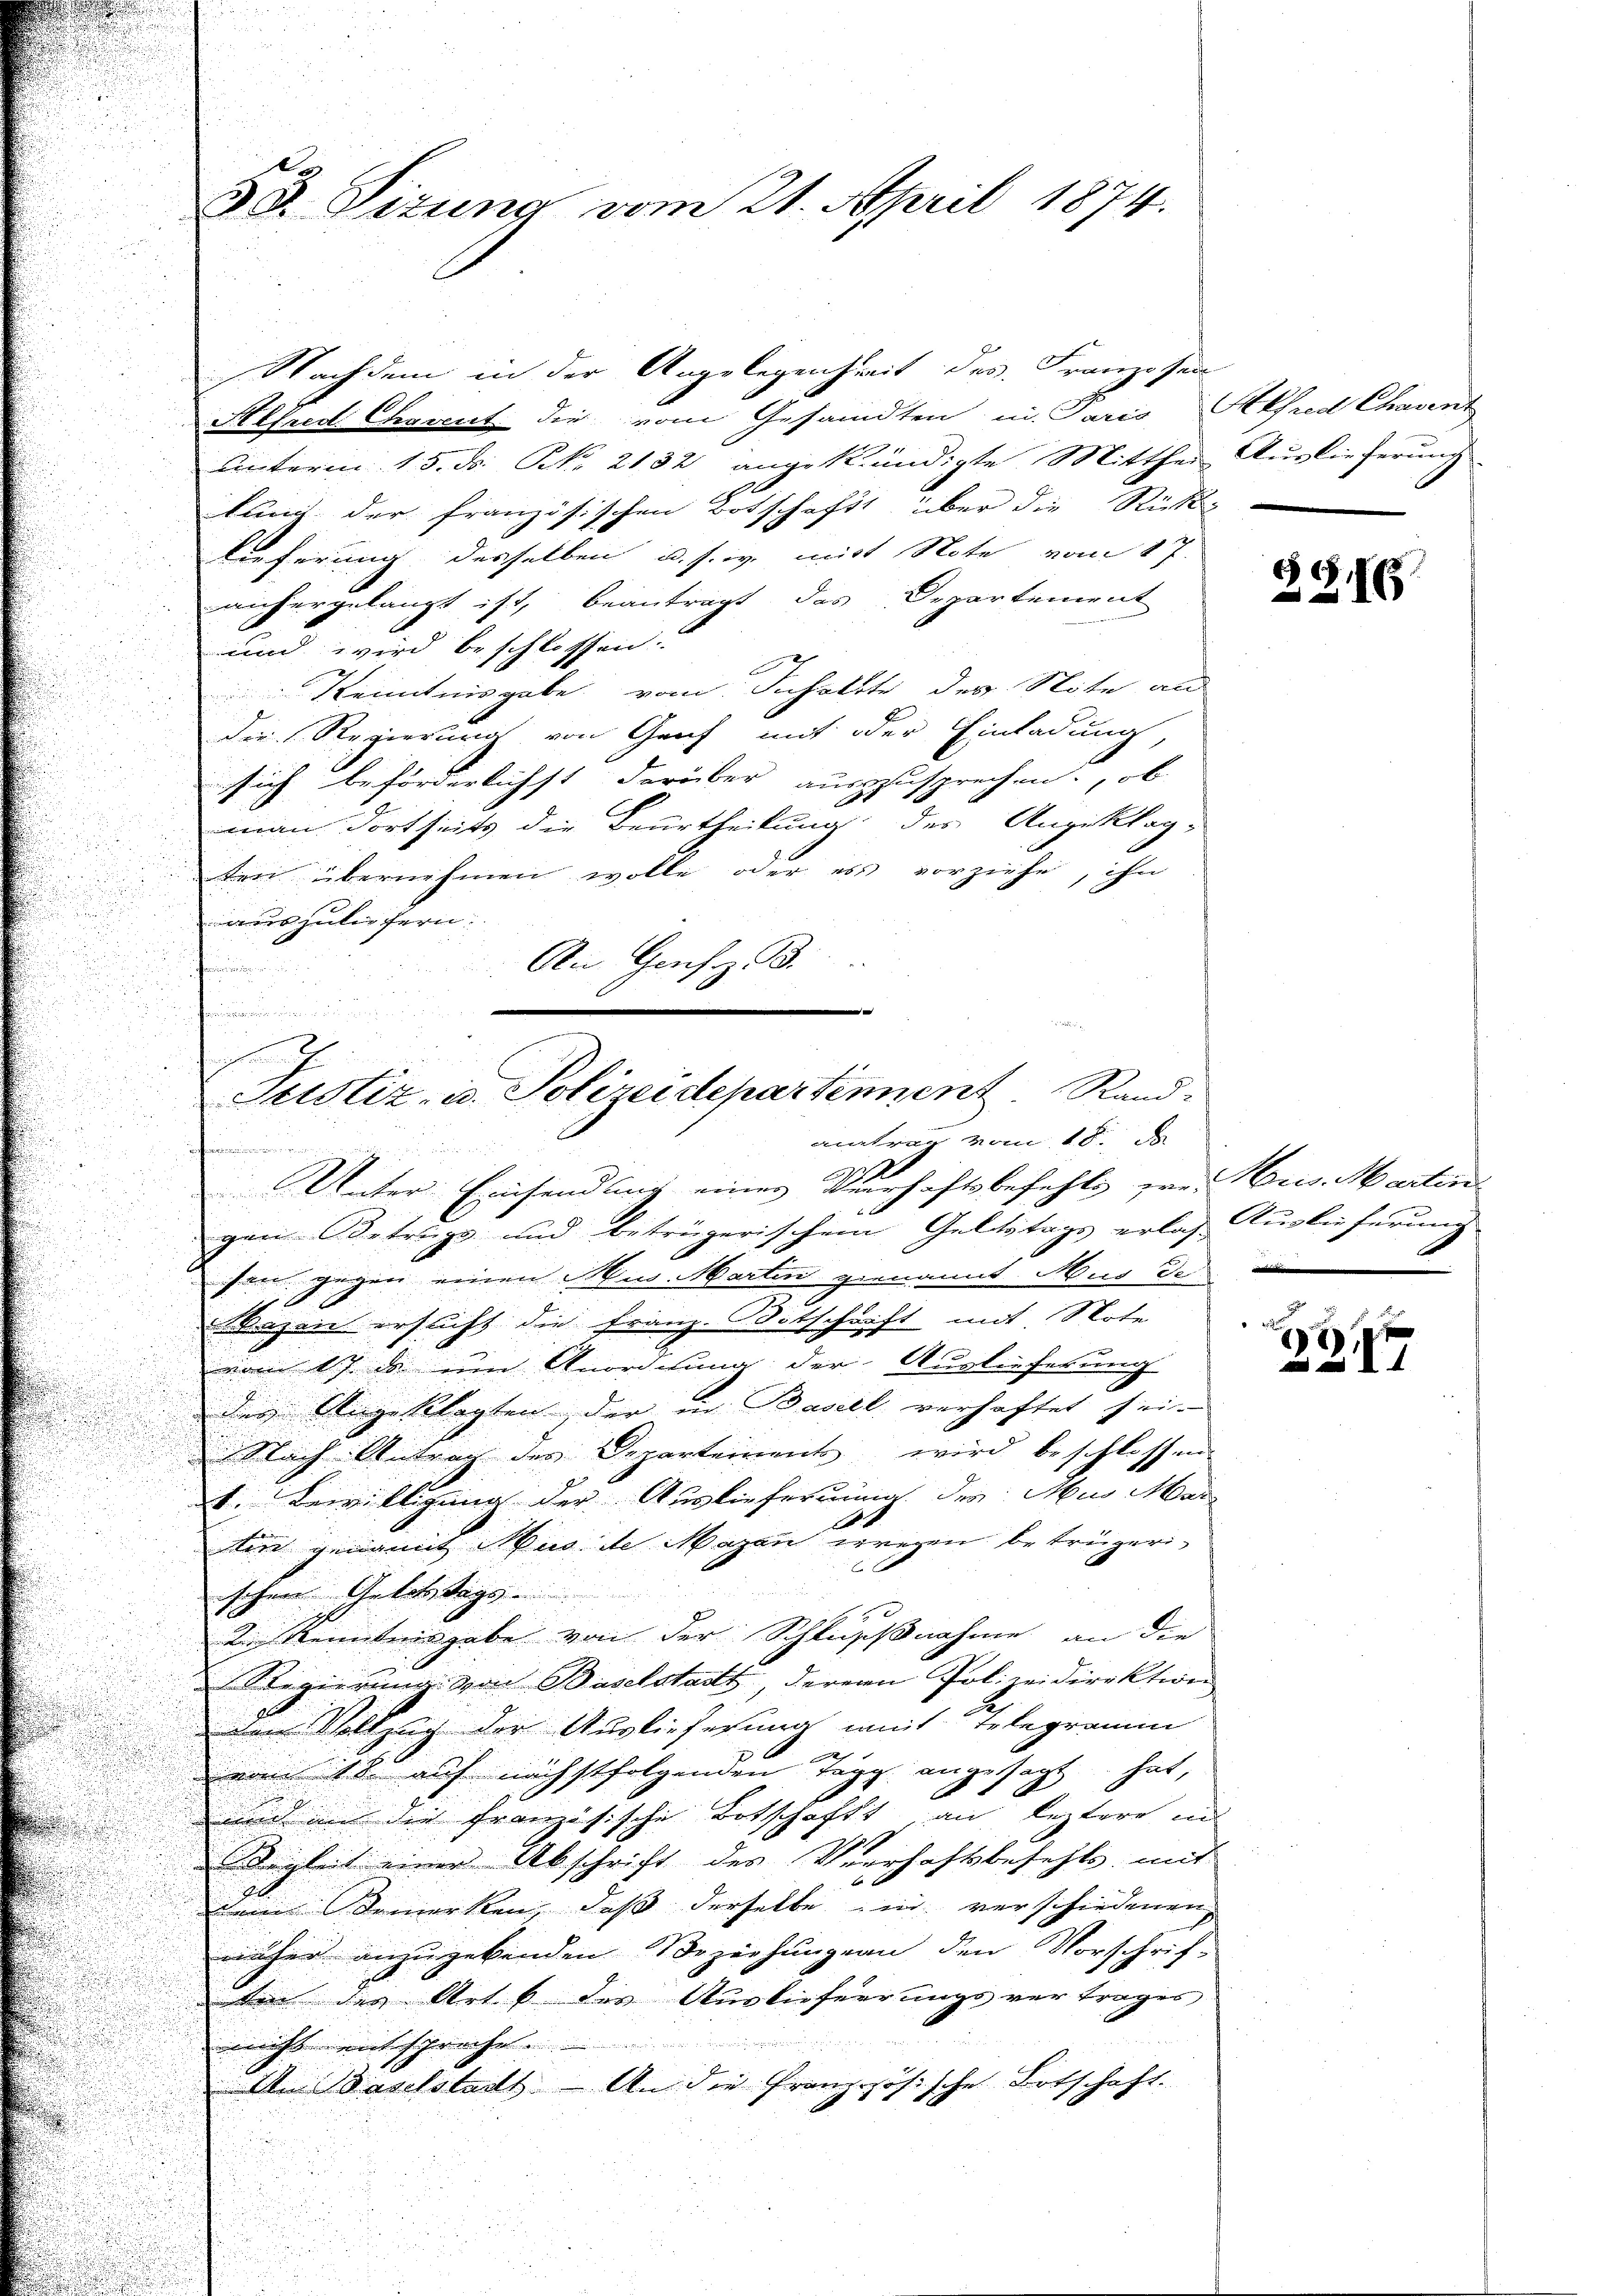
53. Situng vom 21. April 1874.

Nachdem in der Angelegenheit des Franzosen
Alfred Charent die vom Gesandten in Paris Akfred Chavent
unterm 15. ds. N. 2132 angekündigte Mitthei Auslieferung
kung der französischen Botschaft über die Ricke
lieferung desselben u. s. w. mit Note vom 17.
anhergelangt ist, beantragt, das Departement
und wird beschlossen:
 Kenntnisgabe vom Inhalte des Note an
die Regierung von Graf mit der Einladung
sich beförderlichst darüber auszzusprechen, ob
man dortseits die Beurtheilung des Angeklag-
ten übernehmen wolle oder es vorziehe, ihn
auszuliefern
An Genf z. B.
d

s
Justiz- u. Polizeidepartennent. Rand-
aitrag vom 18. d
in Stammung
Unter Einsendung einer Verhaftsbefehls zur Aus Marten
ger Betrags und betrügerischem Geltstags erlas Auslieferung

.

son gegen einen Mis. Martin genannt. Mus de
Bazen ersticht die Franz-Witschrift mit Note
vom 17. ds um Anordnung der Auslieferung
des Angeklagten der in Basell verhaftet sei.
Nach Antrag des Departement wird beschlossen
V. Bewilligung der Ausliefernung der Mu Mar
9
e
ten genannt Mus de Magen wegen betrügerischen Gelobstags
de Kenntnisgabe von der Schlussnahme an die
Regierung von Baselstadt, deren Polizeidirektion
den Vollzug der Auslieferung mit Telegramm
vom 18 auf nächstfolgenden Tegg angesagt hat,
und mit die französische Botschaft an leztere in
Stigkeit einer Abschrift des Verhaftsbefehls, mit

dei bemerken, daß derselbe in verschiedenen
näher anzugebenden Beziehungen den Vorschrif-
den der Art 6 des Auslieferrungsvertrages
nicht entspreche.
Am Baselstadt - An die Französische Botschaft.

B. G. 165.

d

2
17